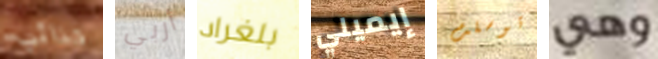
حذائي أربي بلغراد إيميلي توسلت وهي